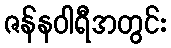
ဇန်နဝါရီအတွင်း